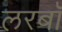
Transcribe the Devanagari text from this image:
लरबॉ